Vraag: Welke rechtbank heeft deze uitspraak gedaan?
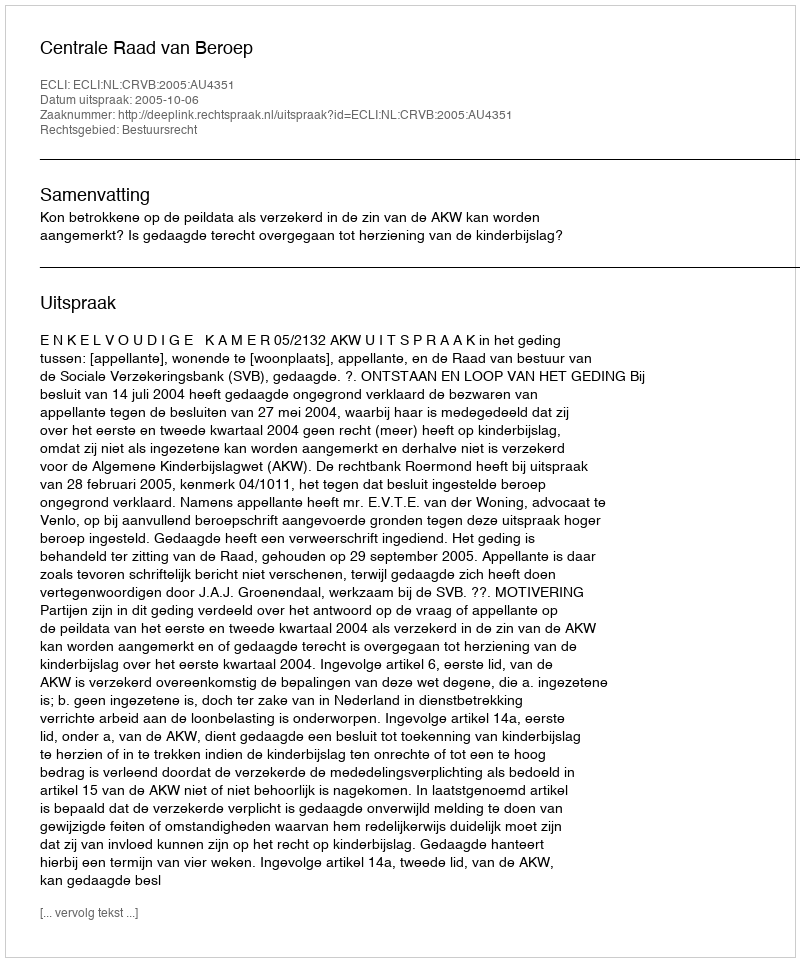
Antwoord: Centrale Raad van Beroep